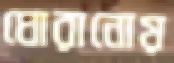
ঘোরানোয়